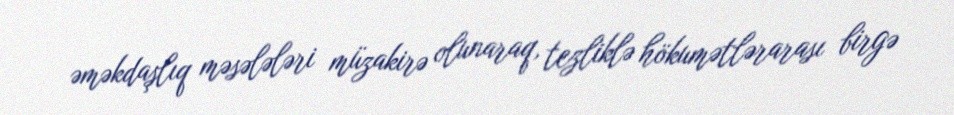
əməkdaşlıq məsələləri müzakirə olunaraq, tezliklə hökumətlərarası birgə